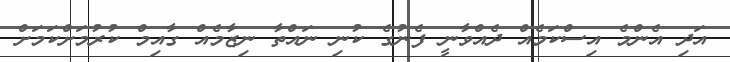
އަދި އެންމެ އިސްކަމެއް ދެއްވާނީ ފެނުގެ ކުނި ނައްތާ ނިޒާމެއް ގާއިމް ކުރުމަށްކަމަށް